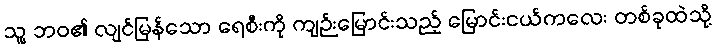
သူ့ ဘဝ၏ လျင်မြန်သော ရေစီးကို ကျဉ်းမြောင်းသည့် မြောင်းငယ်ကလေး တစ်ခုထဲသို့